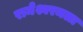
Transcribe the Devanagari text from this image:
रामेश्वरमला